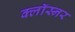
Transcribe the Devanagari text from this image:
क्लॉस्नर